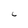
Character: 6